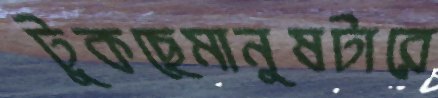
টুকছেমানুষটারে